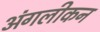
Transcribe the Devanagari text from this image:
अंगलीकन